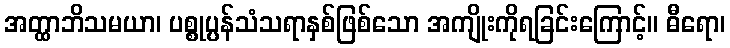
အတ္ထာဘိသမယာ၊ ပစ္စုပ္ပန်သံသရာနှစ်ဖြစ်သော အကျိုးကိုရခြင်းကြောင့်။ ဓီရော၊